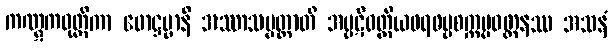
ကဏ္ဋကဝုတ္တိကာ ဖောဋ္ဌဗ္ဗာနိ အဿာသပ္ပတ္တာတိ အပ္ပဋိဝတ္တိယဝရဓမ္မစက္ကပ္ပဝတ္တနဿ အသနံ